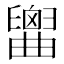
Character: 𦦤